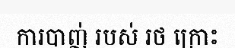
ការបាញ់ របស់ រថ ក្រោះ